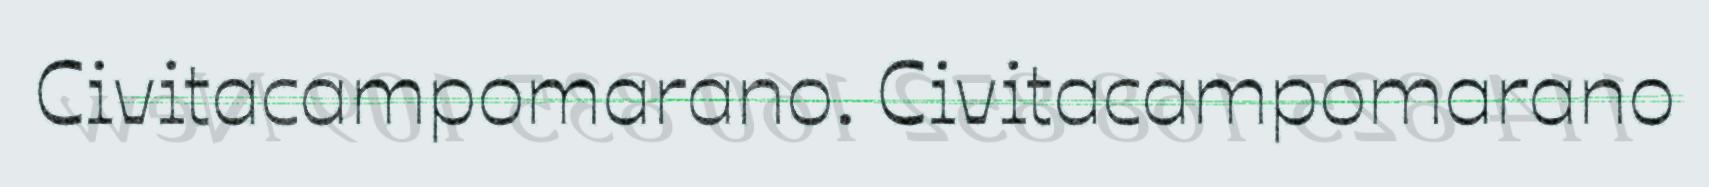
Civitacampomarano. Civitacampomarano